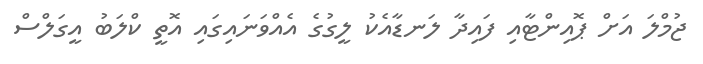
ޖުމްލަ އަށް ޕޮއިންޓާއި ފައިދާ ލަނޑާއެކު ލީގުގެ އެއްވަނައިގައި އޮތީ ކްލަބު އީގަލްސް